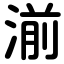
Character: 湔